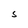
Character: S